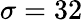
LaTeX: \sigma=32